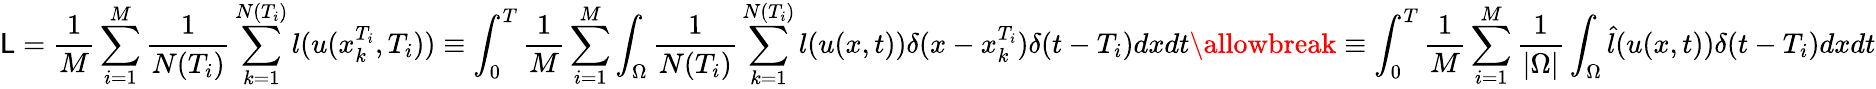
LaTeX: \mathsf{L}=\frac{{1}}{{M}}\sum_{i=1}^{M}\frac{{1}}{{N(T_{i})}}\sum_{k=1}^{N(T_{i})}l(u(x_{k}^{T_{i}},T_{i}))\equiv\int_{0}^{T}\frac{{1}}{{M}}\sum_{i=1}^{M}\int_{\Omega}\frac{{1}}{{N(T_{i})}}\sum_{k=1}^{N(T_{i})}l(u(x,t))\delta(x-x_{k}^{T_{i}})\delta(t-T_{i})dxdt\allowbreak\equiv\int_{0}^{T}\frac{{1}}{{M}}\sum_{i=1}^{M}\frac{{1}}{{|\Omega|}}\int_{\Omega}\hat{{l}}(u(x,t))\delta(t-T_{i})dxdt